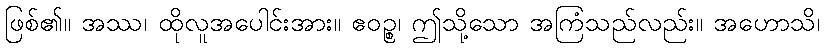
ဖြစ်၏။ အဿ၊ ထိုလူအပေါင်းအား။ ဧဝဉ္စ၊ ဤသို့သော အကြံသည်လည်း။ အဟောသိ၊